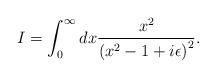
LaTeX: \begin{align*}I = \int_0^\infty dx {x^2 \over \left(x^2 - 1 + i\epsilon\right)^2}.\end{align*}